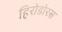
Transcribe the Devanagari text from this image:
हिरोडोरस